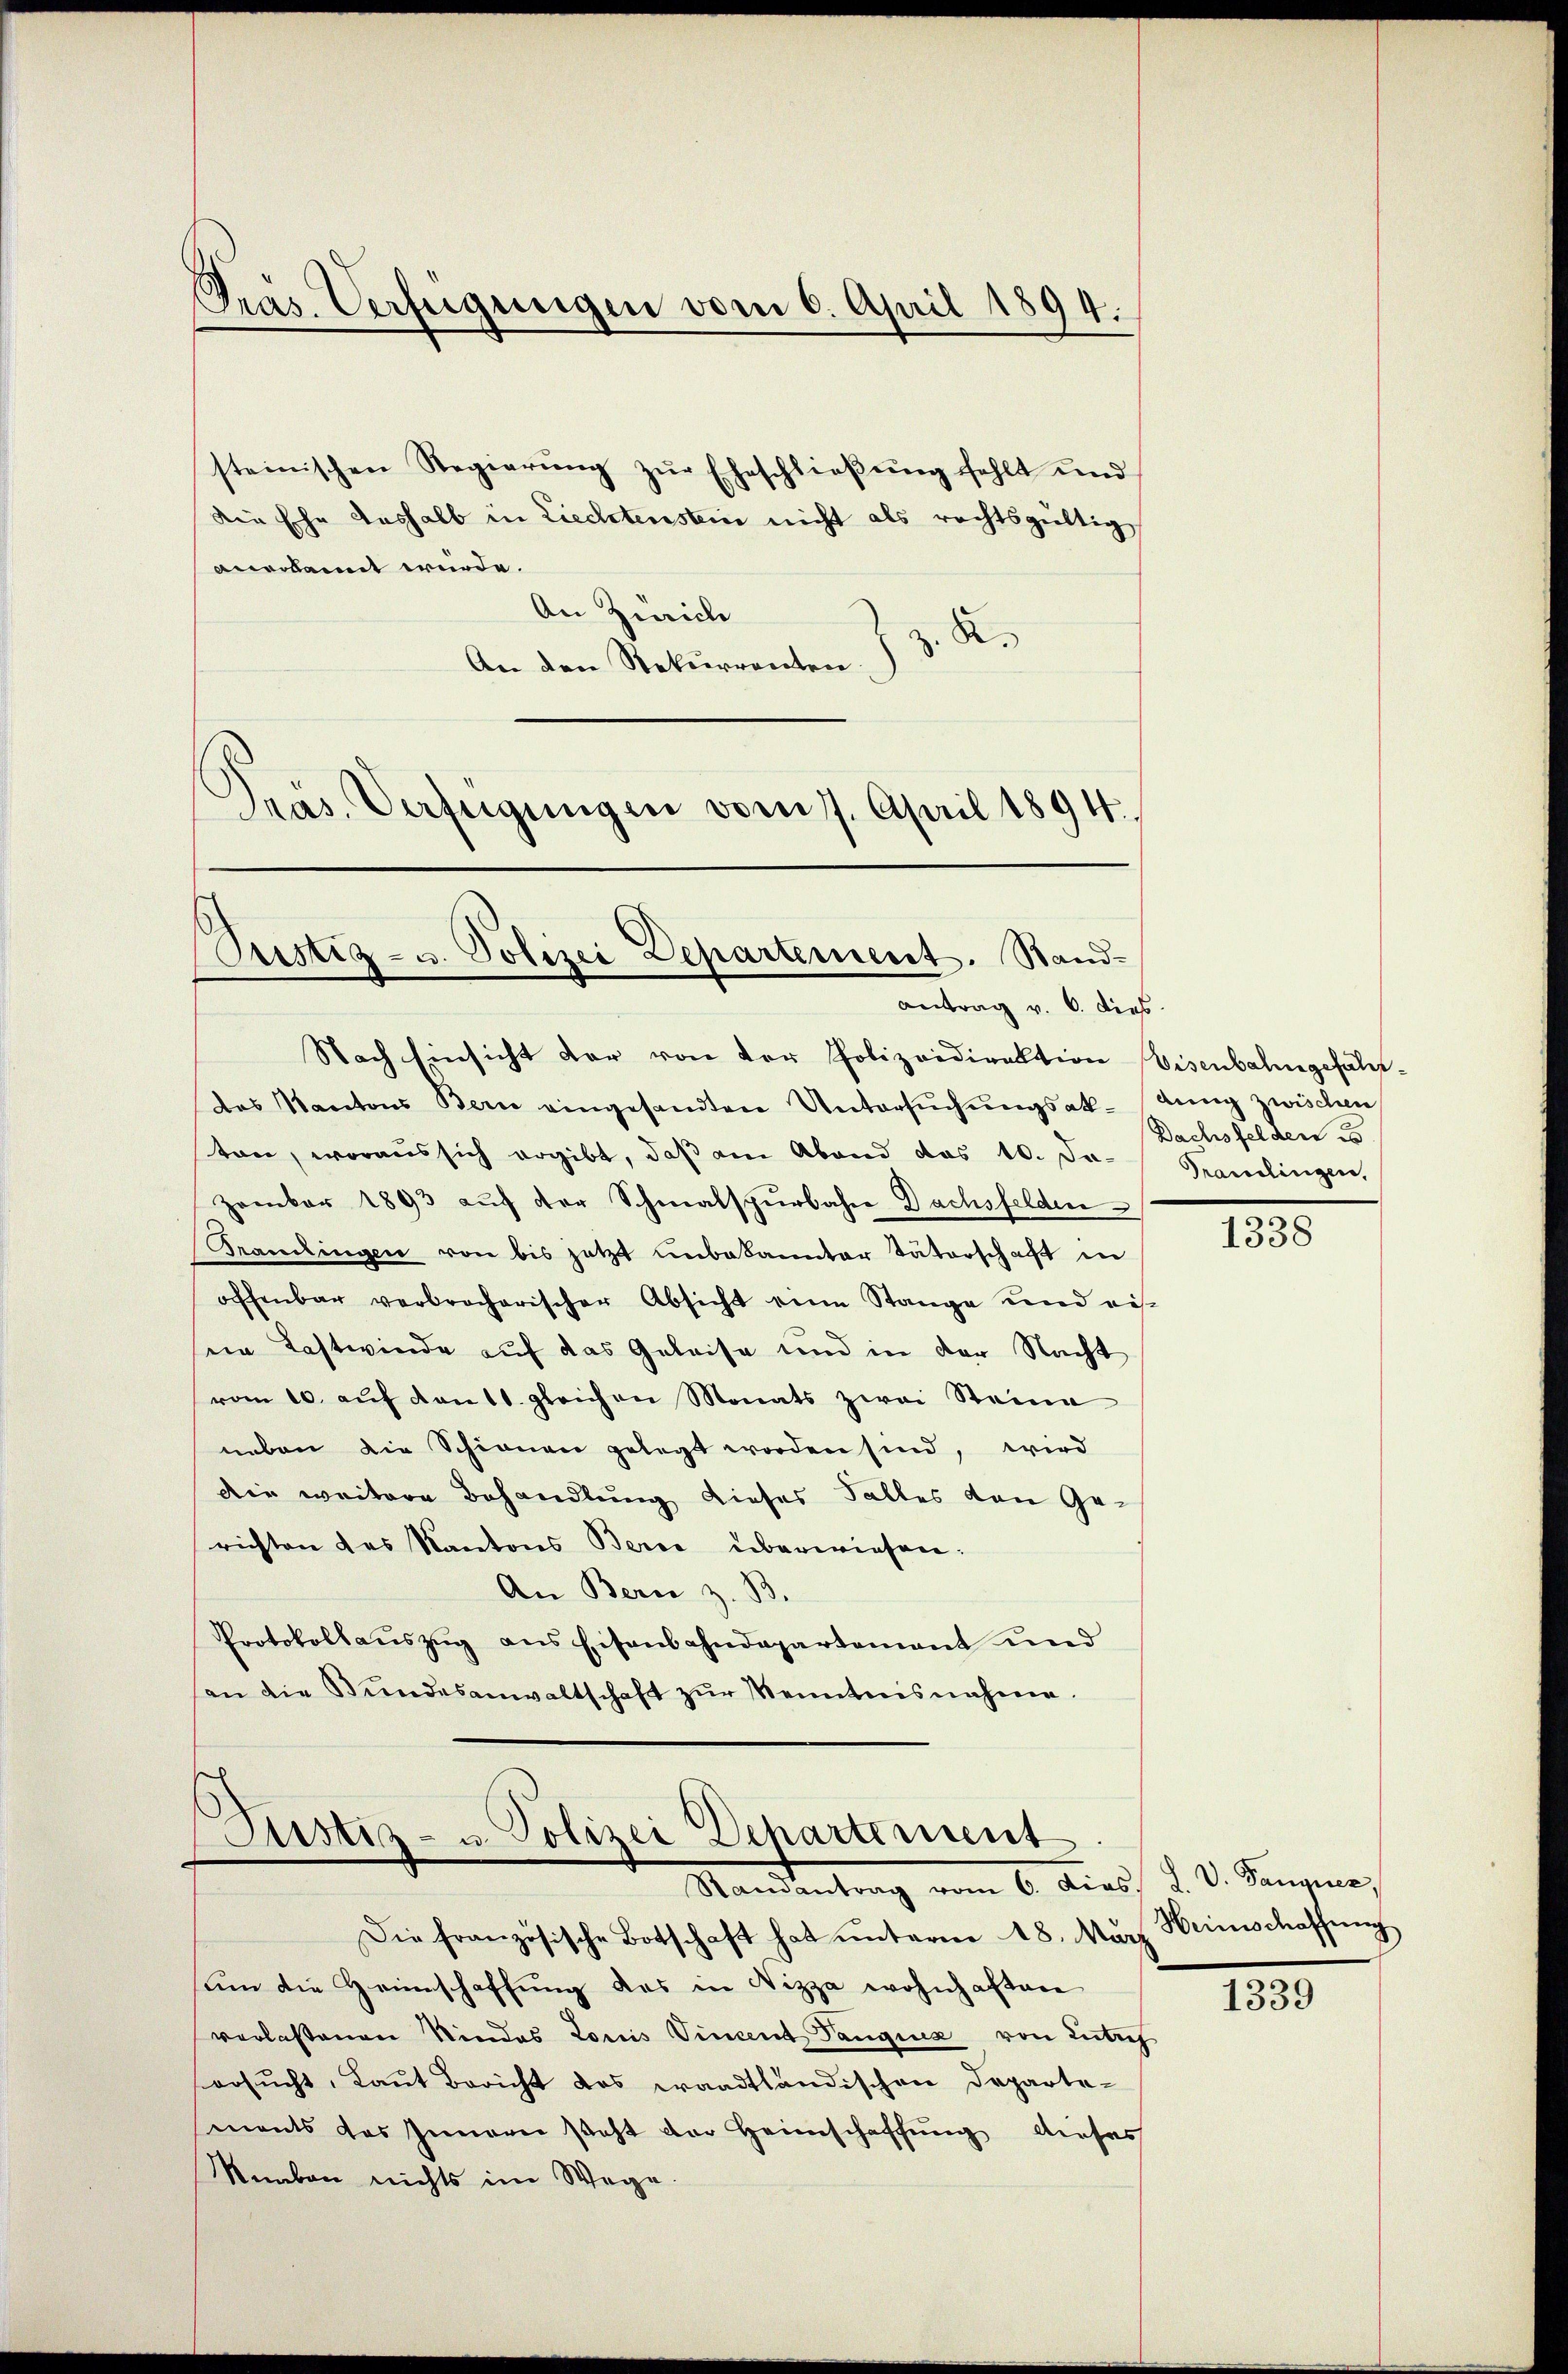
Präs. Verfügungen vom 6. April 1894.

steinischen Regierŭng zŭr Eheschlieβŭng fehlt und
Die Ehe aushalb in Liechtenstein nicht als rechtsgültig,
anerkannt würde.
An Zürich
. A.
An den Rekurrenten.
Präs. Verfügŭngen vom 17. April 1894.

Justiz- u. Polizei Departement. Stand-
antrag v. 6. dies

Nach Einsicht dar von der Polizeidirektion Visenbahngefährdas Kantons Bern eingesandten Untersŭchŭngsak-tŭng zwischen
ton, woraus sich ergibt, daß am Abend das 10. Ja-
zember 1893 auf der Schmalspurbahre Dachsfelden
Kandingen von bis jetzt unbekannter Vaterschaft in
offenbar verbrocherischer Absicht eine Stange und eis
eie Kastwinde auf das Geleise und in der Nacht
vom 10. aŭf den gleichen Monats zwei Steine
neben die Schienen gelegt worden sind, wird
die weitere Behandlung dieser Falles von Gerichten des Kantons Berne überwiesen.
An Bern z. B.
Protokollaŭszŭg ans Eisenbahndepartement und
an die Bŭndesanwaltschaft zŭr Kenntnisnahme.

Justiz- u. Polizei Departement
Randantrag vom 6. dies.

Dachsfelden es
Translingen,

Die französische Botschaft hat ŭnterm 18. März Heimschaffŭng
um die Heinschaffung des in Nizza wohnhaften
verlassenen Kindes Louis Vincent Panquis von Zürich
ersŭcht, Laut Bericht das waadtländischen Departements das Innern steht der Heimschaffung anses
Knaben nichts im Wege.

.
1338

L. V. Panquer,

1339